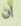
ان